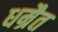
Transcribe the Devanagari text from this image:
धम्रैत